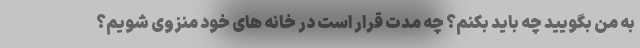
به من بگویید چه باید بکنم؟ چه مدت قرار است در خانه های خود منزوی شویم؟